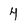
Character: 4